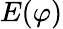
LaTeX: E(\varphi)